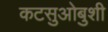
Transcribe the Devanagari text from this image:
कटसुओबुशी